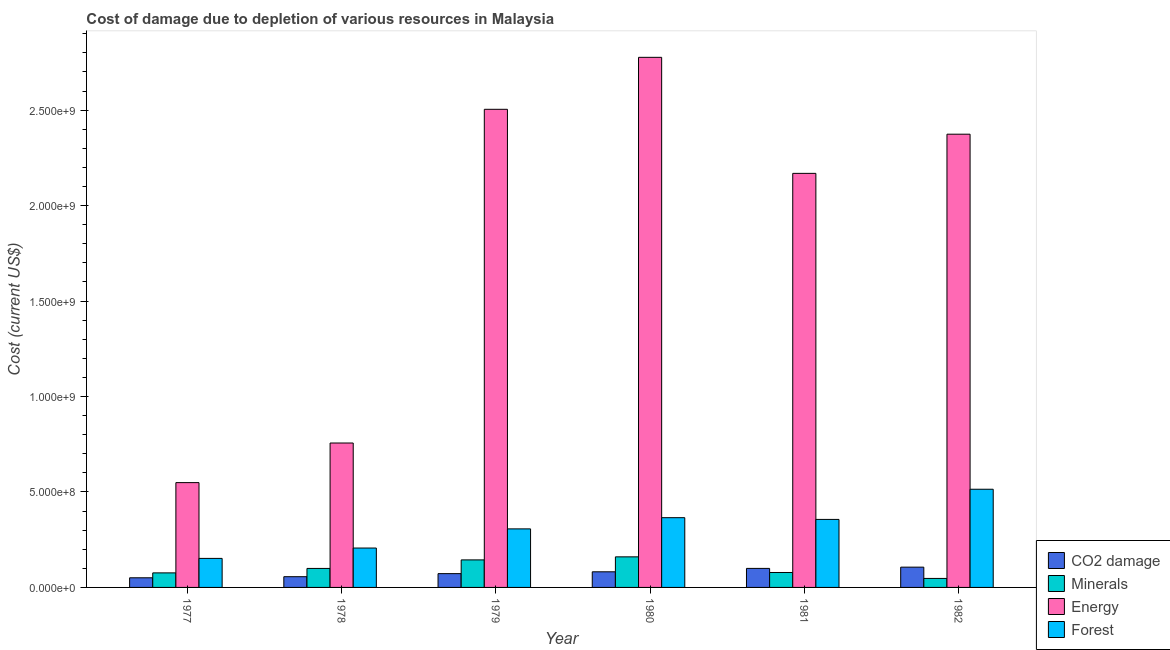
| Year | CO2 damage | Minerals | Energy | Forest |
 | --- | --- | --- | --- | --- |
 | 1977 | 5.05e+07 | 7.62e+07 | 5.49e+08 | 1.52e+08 |
 | 1978 | 5.62e+07 | 9.95e+07 | 7.56e+08 | 2.06e+08 |
 | 1979 | 7.23e+07 | 1.44e+08 | 2.5e+09 | 3.07e+08 |
 | 1980 | 8.18e+07 | 1.6e+08 | 2.78e+09 | 3.65e+08 |
 | 1981 | 9.96e+07 | 7.82e+07 | 2.17e+09 | 3.56e+08 |
 | 1982 | 1.06e+08 | 4.71e+07 | 2.37e+09 | 5.14e+08 |